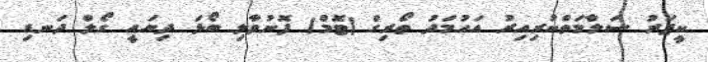
ކީޕަރު ސަލާމަތްކުރިއިރު އަހުމަދު ތޯރިގް (ޓޮމް) ފޮނުވާލި ބޯޅަ ދިޔައީ ގޯލް ދަނޑި